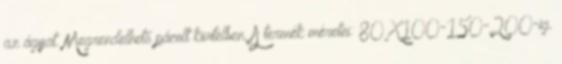
az ágyat. Megrendelhető pácolt kivitelben. A termék méretei: 80X100-150-200-ig.